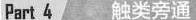
Part 4 触类旁通